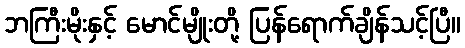
ဘကြီးမိုးနှင့် မောင်မျိုးတို့ ပြန်ရောက်ချိန်သင့်ပြီ။